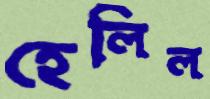
হেলিল